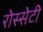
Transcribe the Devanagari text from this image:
रोस्सेटी